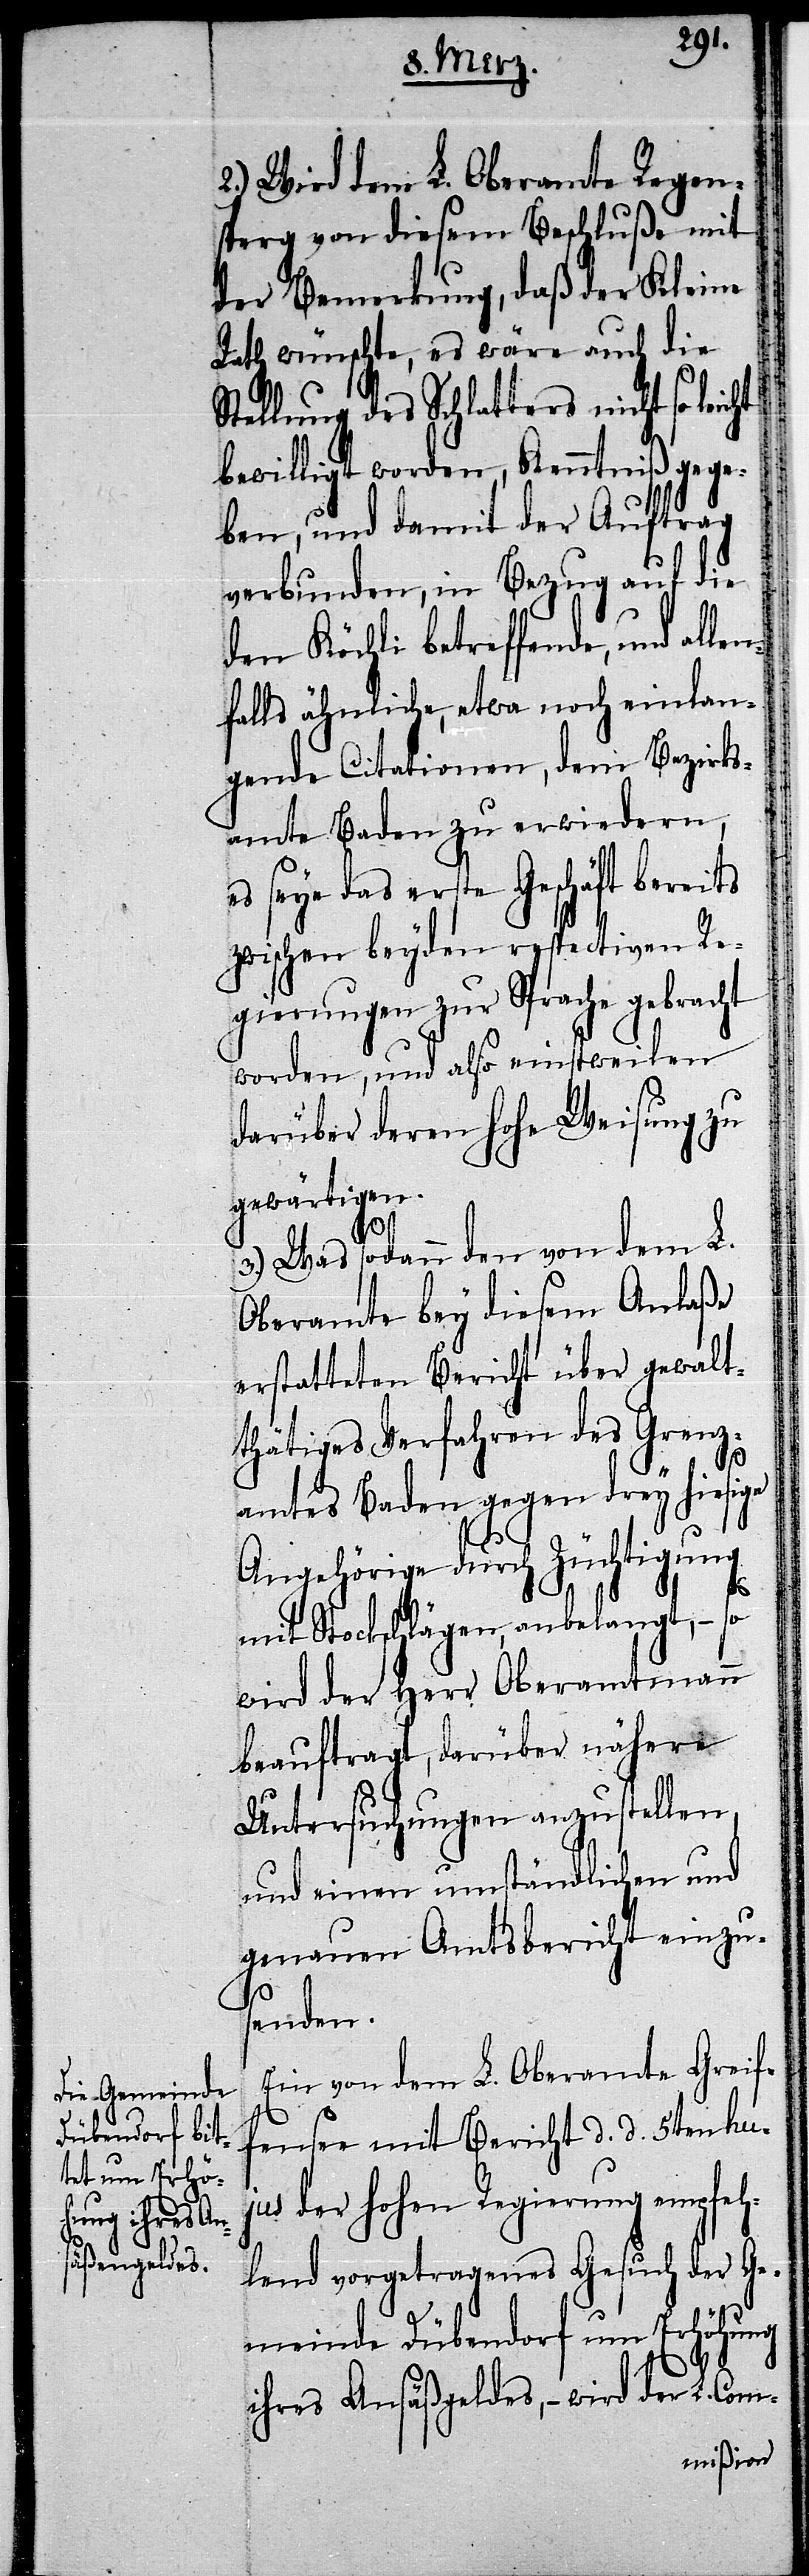
2.) Wird dem L. Oberamte Regen¬
sperg von diesem Beschluße mit
der Bemerkung, daß der Kleine
Rath wünschte, es wäre auch die
Stellung des Schlatters nicht so lei¬
bewilligt worden, Kenntniß gege¬
ben, und damit der Auftrag
verbunden, in Bezug auf die
den Köchli betreffende,
falls ähnliche, etwa noch einlan¬
gende Citationen, dem Bezirks¬
amte Baden zu erwiedern,
es seye das erste Geschäft bereits
zwischen beyden respectiven Re¬
gierungen zur Sprache gebracht
worden, und also einstweilen
darüber deren hohe Weisung zu
gewärtigen.
cht
3.) Was sodann den von dem L.
Oberamte bey diesem Anlaße
erstatteten Bericht über gewalt¬
thätiges Verfahren des Grenz¬
amtes Baden gegen drey hiesige
Angehörige durch Züchtigung
mit Stockschlägen, anbelangt, – so
wird der Herr Oberamtmann
beauftragt, darüber nähere
Untersuchungen anzustellen,
und einen umständlichen und
genauen Amtsbericht einzus¬
enden.
Ein von dem L. Oberamte Greif¬
fensee mit Bericht d. d. 5ten huj¬
us der hohen Regierung empfeh¬
lend vorgetragenes Gesuch der Ge¬
meinde Dübendorf um Erhöhung
ihres Ansäßgeldes, – wird der L. Com-